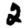
Digit: 2